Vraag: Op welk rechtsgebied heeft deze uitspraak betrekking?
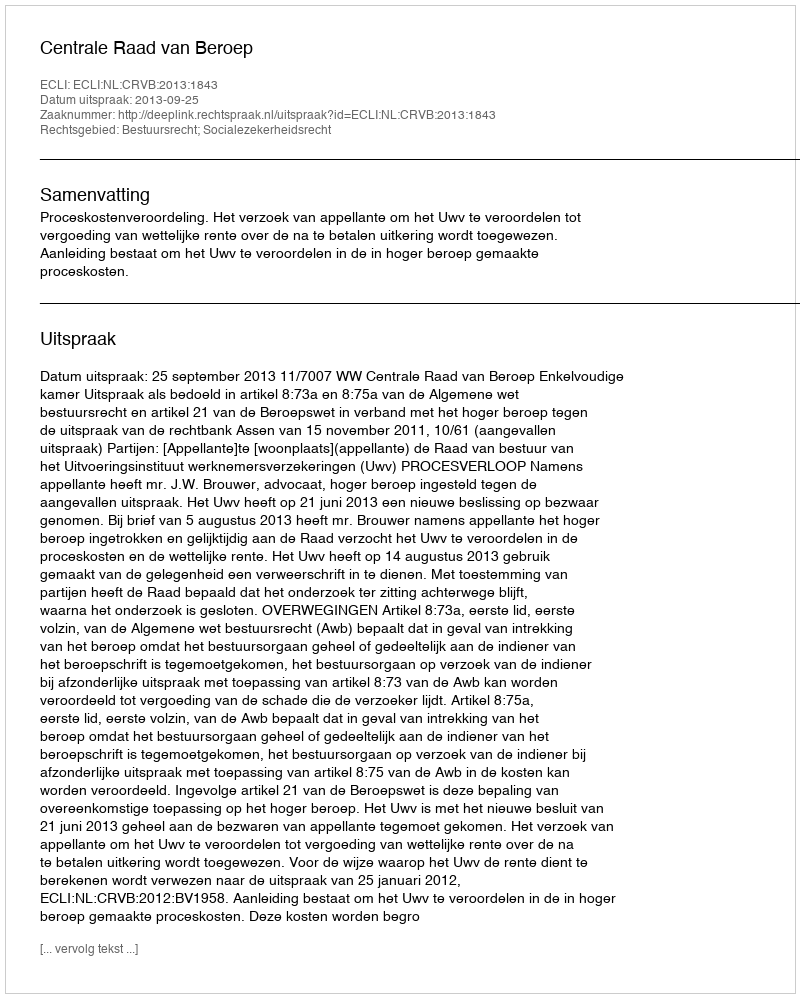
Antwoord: Bestuursrecht; Socialezekerheidsrecht